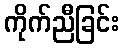
ကိုက်ညီခြင်း